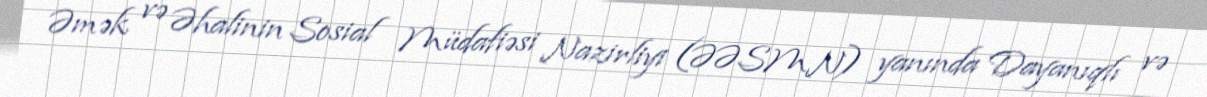
Əmək və Əhalinin Sosial Müdafiəsi Nazirliyi (ƏƏSMN) yanında Dayanıqlı və